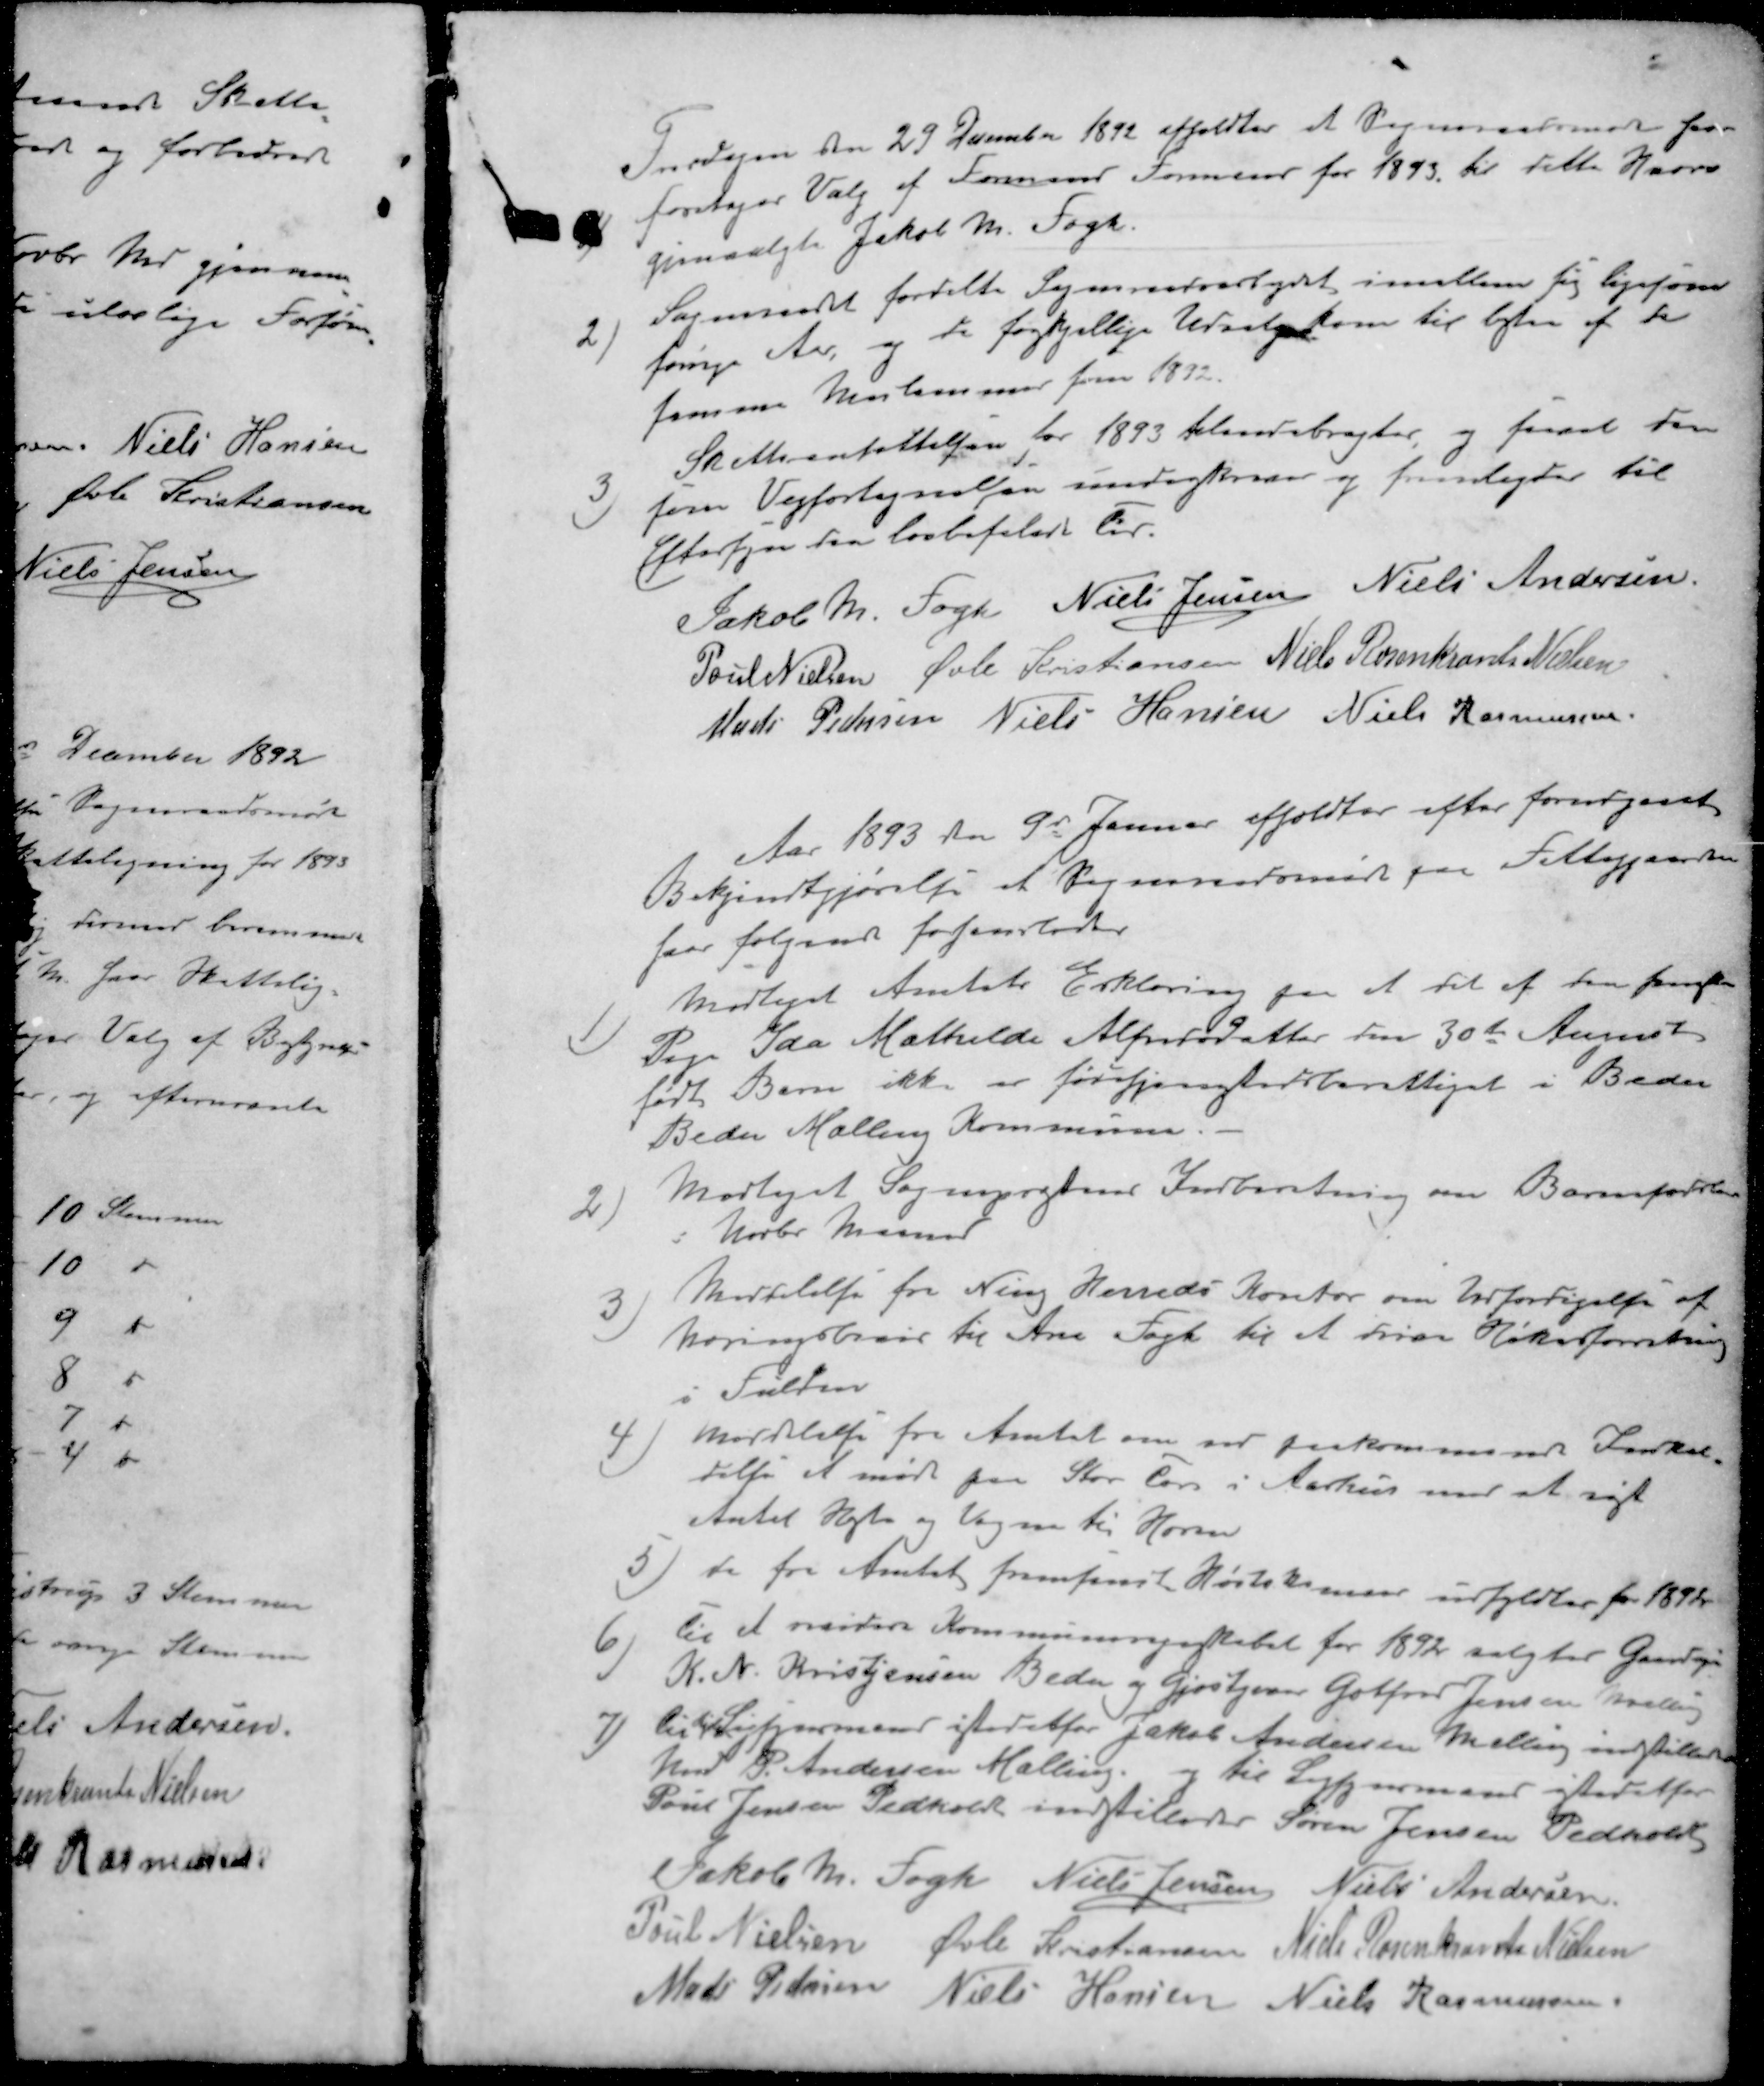
Transskription:
1 ) Torsdagen den 29 December 1892 afholdtes et Sogneraadsmøde hvor
foretoges Valg af Formand Formand for 1893 til dette Hverv
gjenvalgte Jakob M. Fogh.
2 ) Sogneraadet fordelte Sogneraadsarbejdet imellem sig ligesom
forrige Aar, og de forskjellige Udvalg kom til bestaa af de
sammen Medlemmer for 1832.
3 ) Skatteansættelsen for 1893 tilendebragtes, og saavel den
som Vejfortegnelsen underskreven og fremlagdes til
Eftersyn den lovbefalede tid
Jakob M. Fogh
Niels Jensen
Niels Andersen
Poul Nielsen
Øvli Kristiansen
Niels Rosenkrants Nielsen
Mads Pedersen
Niels Hansen
Niels Rasmussen
Aar 1893 den 9d Januar afholdtes efter forudgaaet
Bekjendtgjørelse et Sogneraadsmøde paa Fattiggaarden
hvor følgende forhandledes
1 ) Modtaget Amtets Erklæring paa at det af den 
Pige Ida Mathilde Alfredsdatter den 30te August
fødte Barn ikke er forsørgelsesberettiget i Beder
Beder Malling Kommune. -
2 ) Modtaget Sognepræstens Indberetning om Barnefødsler
Novbr Maaned
3 ) Meddelelse fra Ning Herreds Kontor om Udfærdigelse af
næringsbrev til Ane Fogh til at drive Høkerforretning
i Fulden
4 ) Meddelelse fra Amtet om ved paakommende Indkal
delse af møde paa Stor Torv i Aarhus med at søge
Antal Heste og Vogne til Hæren
5) de fra Amtet fremsendt Høstskemaer udfyldtes for 1892
6) til at revidere Kommuneregnskabet for 1892 valgtes Gaardejer
K. N. Kristensen Beder, og Gjæstgiver Gotfred Jensen Malling
7) til Ligsynsmand istedetfor Jakob Andersen Malling indstilledes
Hmd P. Andersen Malling og til Ligsynsmand istedetfor
Poul Jensen Pedholdt indstilleder Søren Jensen Pedholdt
Jakob M. Fogh
Niels Jensen
Niels Andersen
Poul Nielsen
Øvli Kristiansen
Niels Rosenkrants Nielsen
Mads Petersen
Niels Hansen
Niels Rasmussen